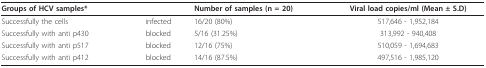
| <COLSPAN=2> Groups of HCV samples* | Number of samples (n = 20) | Viral load copies/ml (Mean ± S.D) |
 | --- | --- | --- | --- |
 | Successfully the cells | infected | 16/20 (80%) | 517,646 - 1,952,184 |
 | Successfully with anti p430 | blocked | 5/16 (31.25%) | 313,992 - 940,408 |
 | Successfully with anti p517 | blocked | 12/16 (75%) | 510,059 - 1,694,683 |
 | Successfully with anti p412 | blocked | 14/16 (87.5%) | 497,516 - 1,985,120 |